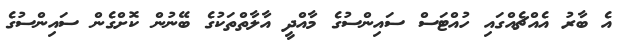
އެ ބާރު އެއްޗެއްގައި ހުއްޓަސް ސައިންސުގެ މާއްދީ އާލާތްތަކުގެ ބޭނުން ކޮށްގެން ސައިންސުގެ